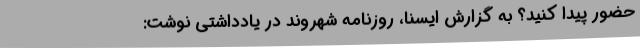
حضور پیدا کنید؟ به گزارش ایسنا، روزنامه شهروند در یادداشتی نوشت:‌